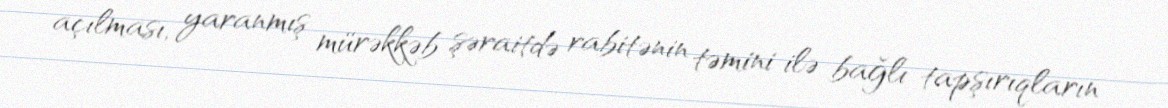
açılması, yaranmış mürəkkəb şəraitdə rabitənin təmini ilə bağlı tapşırıqların